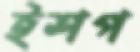
ইশপ